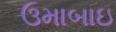
ઉમાબાઇ